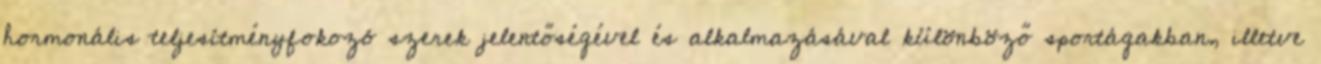
hormonális teljesítményfokozó szerek jelentőségével és alkalmazásával különböző sportágakban, illetve